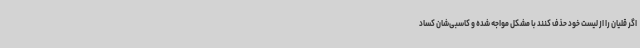
اگر قلیان را از لیست خود حذف کنند با مشکل مواجه شده و کاسبی‌شان کساد